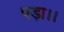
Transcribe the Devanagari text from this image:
पड़ा।।